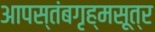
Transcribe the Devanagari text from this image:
आपस्तंबगृह्मसूत्र